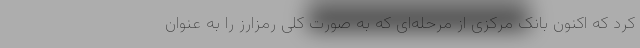
کرد که اکنون بانک مرکزی از مرحله‌ای که به صورت کلی رمزارز را به عنوان